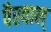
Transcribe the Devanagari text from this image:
पैरवाल्